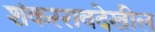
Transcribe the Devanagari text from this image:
शंकररावदेखील